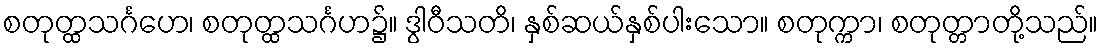
စတုတ္ထသင်္ဂဟေ၊ စတုတ္ထသင်္ဂဟ၌။ ဒွါဝီသတိ၊ နှစ်ဆယ်နှစ်ပါးသော။ စတုက္ကာ၊ စတုတ္တာတို့သည်။